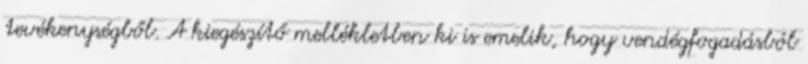
tevékenységből. A kiegészítő mellékletben ki is emelik, hogy vendégfogadásból